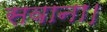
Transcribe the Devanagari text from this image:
सवाना।